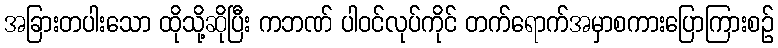
အခြားတပါးသော ထိုသို့ဆိုပြီး ကဘဏ် ပါဝင်လုပ်ကိုင် တက်ရောက်အမှာစကားပြောကြားစဉ်